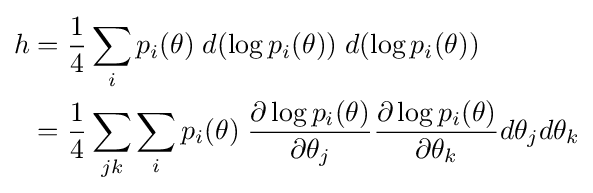
{\begin{aligned}h&={\frac {1}{4}}\sum _{i}p_{i}(\theta )\;d(\log p_{i}(\theta ))\;d(\log p_{i}(\theta ))\\&={\frac {1}{4}}\sum _{jk}\sum _{i}p_{i}(\theta )\;{\frac {\partial \log p_{i}(\theta )}{\partial \theta _{j}}}{\frac {\partial \log p_{i}(\theta )}{\partial \theta _{k}}}d\theta _{j}d\theta _{k}\end{aligned}}